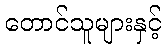
တောင်သူများနှင့်